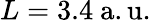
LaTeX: L=3.4~{\mathrm{a.u.}}